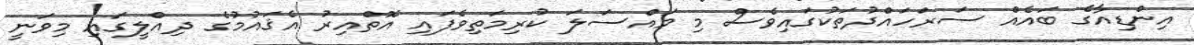
އިންޑިއާގެ ބައެއް ސަރަހައްދުތަކުގައިވެސް މި މައްސަލަ ކުރިމަތިވެފައި އޮތްއިރު އެޤައުމުގެ ދިއްލީގައި މިވަނީ